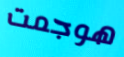
هوجمت